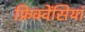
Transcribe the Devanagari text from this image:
फ्रिक्वेंसियां